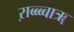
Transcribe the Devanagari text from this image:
ऱाब्ब्ब्बाॠ